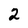
Character: 2